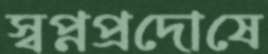
স্বপ্নপ্রদোষে